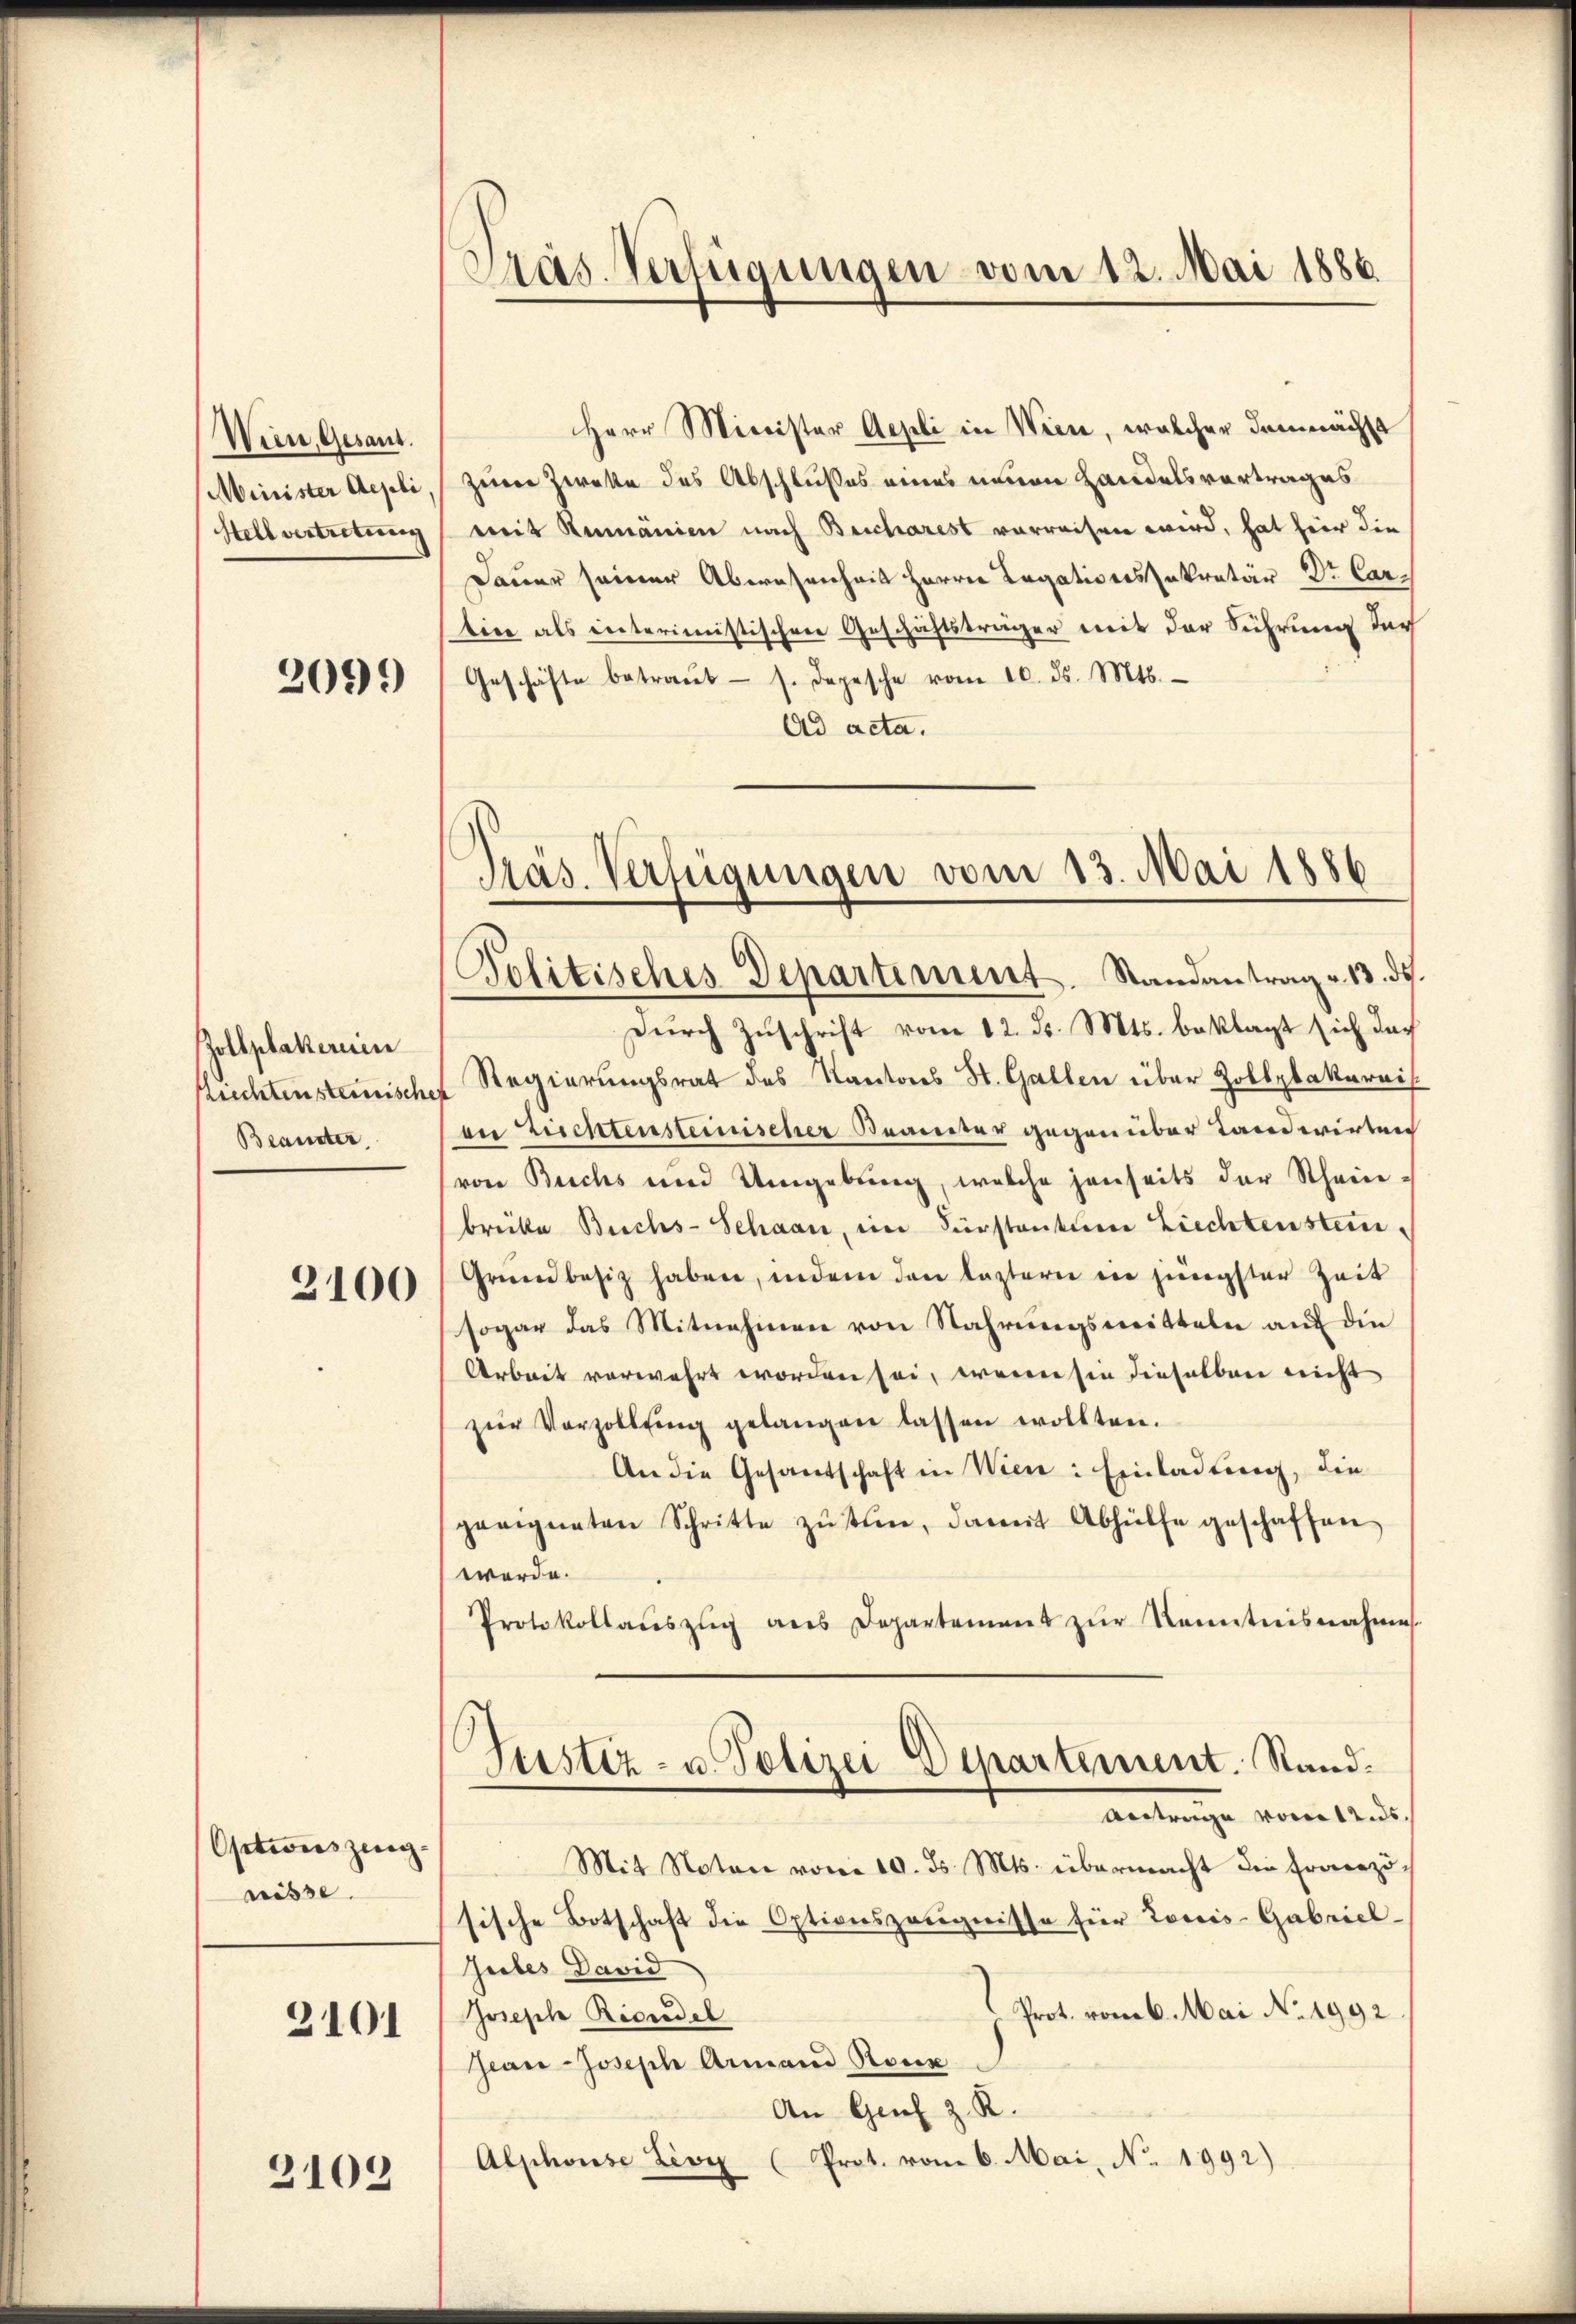
Win, Gesant.
Minister Aepli
Stellvertretung

2099

Zollplakereien
Rrechten steinische
Beamter

3100

Optionszeug-
nüsse.
3101

3109

Pras. Verfügungen vom 12. Mai 1886.

Herr Minister Aepli in Wien, welcher demnächst
zerer Zweke des Abschlußes eines neuen Handelsvortrages
mit Rumänien nach Beicharest verreisen wird, hat hier die
Dauer seiner Abwesenheit Herren Legations Inkretär Dr. Cartice als interimistischen Geschichtsträger mit der Führung dar
Geschäfte betraŭt- s. Depesche vom 10. ds. Mts.
Ad acta.

Pas. Verfügungen vom 13. Mai 1886
Politisches Departement. Randantrag v. 13. ds.

Durch Zuschrift vom 12. d. Mts. beklagt sich das
Regierungsrat des Kantons St. Gallen über Zollpbakarnis
on Zuchtensteinischer Bereiter gegen über Landwirten
(von Buchs und Umgebung, welche jenseits der Schein-
brette Buchs- Schaan, im Fürstantum Ziechtenstein,
Grŭndbesitz haben, indem den lastern in jüngster Zeit
sogar das Mitnehmen von Nahrŭngsmitteln auf die
Arbeit vorwahrt worden sei, wewesen dieselben nicht
zŭr Vorzollŭng gelangen lassen wollten.
An die Gesandschaft in Wien: Einladung, die
geeigneten Schritte zŭstin, damit Abhülfe geschaffen
werde.
Protokollaŭszŭg ans Departement zŭr Kenntnisnahmes
Justiz- u. Polizei Departement. Stand.
Antrage vom 12. ds.
Mit Noten vom 10. ds. Mts. übermacht die Fraerzi
sische Botschaft die Optionszeŭgnisse für Lorcis-Gabriel-
Giebes David
Prot. vom 6. Mai No 1992.
Joseph Riedel
Jean Joseph Armand Ronz
An Genf z. R.
Alphonse Lioy (Prot. vom 6. Mai, No. 1992)